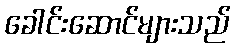
ခေါင်းဆောင်များသည်